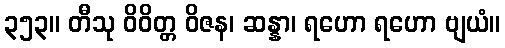
၃၅၃။ တီသု ဝိဝိတ္တ ဝိဇန၊ ဆန္နာ၊ ရဟော ရဟော ဗျယံ။